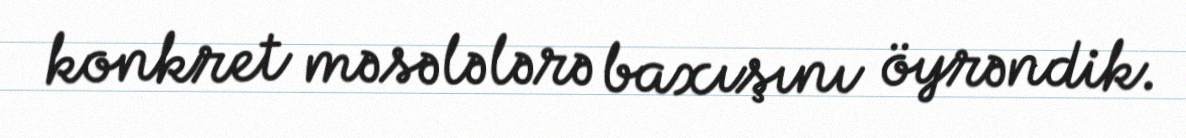
konkret məsələlərə baxışını öyrəndik.